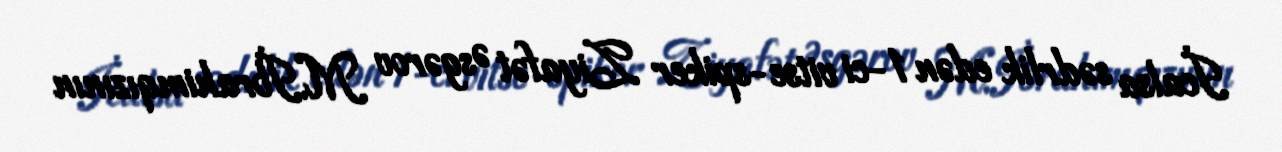
İcalsa sədrlik edən 1-ci vitse-spiker Ziyafət Əsgərov M.İbrahimqızının